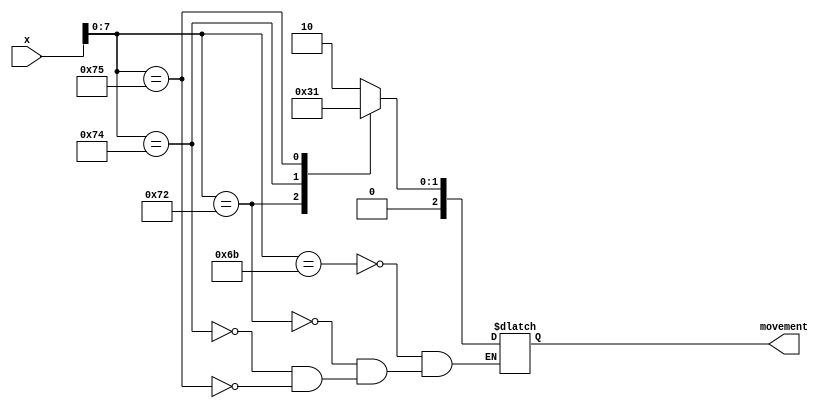
`timescale 1ns / 1ps
//////////////////////////////////////////////////////////////////////////////////
// Company: Digilent Inc.
// 
// Design Name: 
// Module Name:    seg7decimal 
// Project Name: Nexys4DDR Keyboard Demo
// Target Devices: Nexys4DDR
// Tool Versions: 
// Description: 7 segment display driver
// 
// Dependencies: 
//
// Revision: 
// Revision 0.01 - File Created
// Additional Comments: 
//
//////////////////////////////////////////////////////////////////////////////////
module decoder(

	input [31:0] x,
    
    output reg [2:0] movement
	 );

//reg [2:0] movement;

always @(*)
	case(x[7:0])
	8'b01101011 : //Left
	begin
	   movement = 3'b010;
	end
	8'b01110010 : //Down
	begin
	   movement = 3'b011;
	end
	8'b01110100 : //Right
	begin
	   movement = 3'b000;
	end
	8'b01110101 : //Up
	begin
	   movement = 3'b001;
	end
	endcase






endmodule